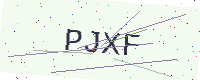
Text: PJXF